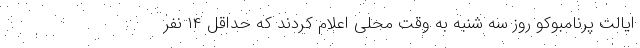
ایالت پرنامبوکو روز سه شنبه به وقت محلی اعلام کردند که حداقل ۱۴ نفر